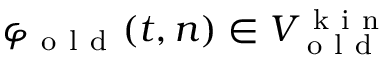
\varphi _ { \mathrm { ~ o ~ l ~ d ~ } } ( t , n ) \in V _ { \mathrm { ~ o ~ l ~ d ~ } } ^ { \mathrm { ~ k ~ i ~ n ~ } }